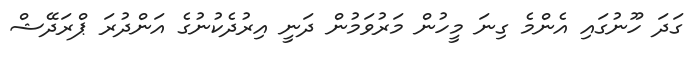
ގަދަ ހޫނުގައި އެންމެ ގިނަ މީހުން މަރުވަމުން ދަނީ އިރުދެކުނުގެ އަންދުރަ ޕްރަދޭޝް